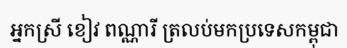
អ្នកស្រី ខៀវ ពណ្ណារី ត្រលប់មកប្រទេសកម្ពុជា